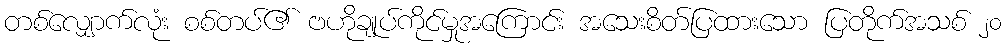
တစ်လျှောက်လုံး စစ်တပ်၏ ဗဟိုချုပ်ကိုင်မှုအကြောင်း အသေးစိတ်ပြထားသော ပြတိုက်အသစ် ၂၀